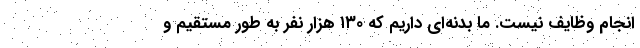
انجام وظایف نیست. ما بدنه‌ای داریم که ۱۳۰ هزار نفر به طور مستقیم و